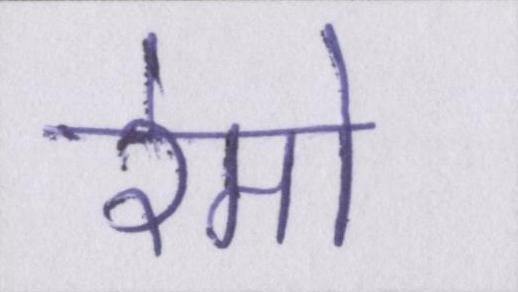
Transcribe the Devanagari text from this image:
रेमो